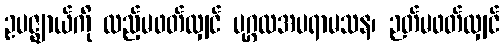
ဥပဇ္ဈာယ်ကို ထည့်မဖတ်လျှင် ပုဂ္ဂလအပရာမသန၊ ဉတ်မဖတ်လျှင်